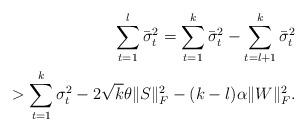
LaTeX: \begin{align*}\sum_{t=1}^{l}\bar{\sigma}^2_{t}= \sum_{t=1}^{k}\bar{\sigma}^2_{t} - \sum_{t = l+1}^{k}\bar{\sigma}^2_{t} \\> \sum_{t=1}^{k}\sigma^2_{t} - 2\sqrt{k} \theta \|S\|^2_F - (k - l) \alpha \|W\|_F^2.\end{align*}